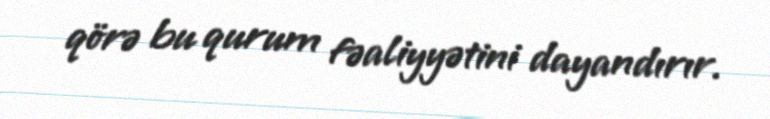
qörə bu qurum fəaliyyətini dayandırır.